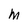
Character: M